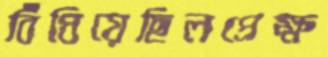
বিঁধিয়েছিলপ্রেক্ষ